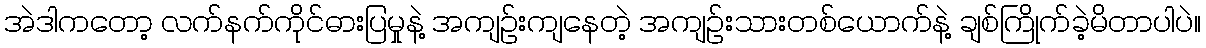
အဲဒါကတော့ လက်နက်ကိုင်ဓားပြမှုနဲ့ အကျဉ်းကျနေတဲ့ အကျဉ်းသားတစ်ယောက်နဲ့ ချစ်ကြိုက်ခဲ့မိတာပါပဲ။